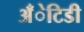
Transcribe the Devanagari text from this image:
अँेटिडी